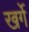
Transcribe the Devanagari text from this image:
खर्गे